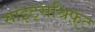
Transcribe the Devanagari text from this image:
साइट्सश्रिफ़्ट